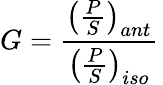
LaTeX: G={\frac{\left({\frac{P}{S}}\right)_{ant}}{\left({\frac{P}{S}}\right)_{iso}}}\,